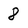
Character: 8